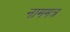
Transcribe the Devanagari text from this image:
नाममत्र